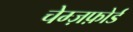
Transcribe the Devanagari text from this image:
चेम्ज़फ़ोर्ड